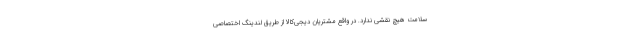
سلامت هیچ نقشی ندارد. در واقع مشتریان دیجی‌کالا از طریق لندینگ اختصاصی